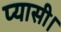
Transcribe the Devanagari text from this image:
प्यासी।